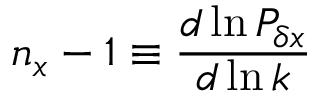
n _ { x } - 1 \equiv { \frac { d \ln { \cal P } _ { \delta x } } { d \ln k } }